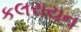
કલરાયન